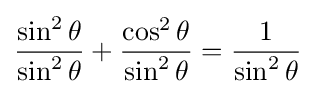
{\frac {\sin ^{2}\theta }{\sin ^{2}\theta }}+{\frac {\cos ^{2}\theta }{\sin ^{2}\theta }}={\frac {1}{\sin ^{2}\theta }}